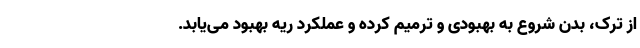
از ترک، بدن شروع به بهبودی و ترمیم کرده و عملکرد ریه بهبود می‌یابد.